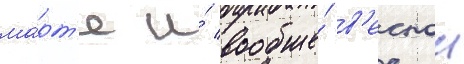
ма́рт'е и́ вообще́ в'еснои